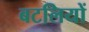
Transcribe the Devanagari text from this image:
बटलियों